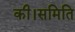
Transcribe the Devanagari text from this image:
की।समिति